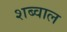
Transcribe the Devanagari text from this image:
शब्वाल